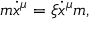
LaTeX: m \dot { x } ^ { \mu } = \xi \dot { x } ^ { \mu } m ,